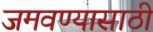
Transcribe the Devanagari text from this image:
जमवण्यासाठी